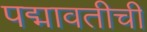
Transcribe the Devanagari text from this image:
पद्मावतीची